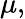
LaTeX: \mu,